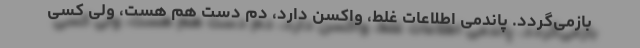
بازمی‌گردد. پاندمی اطلاعات غلط، واکسن دارد، دم دست هم هست، ولی کسی